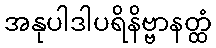
အနုပါဒါပရိနိဗ္ဗာနတ္ထံ